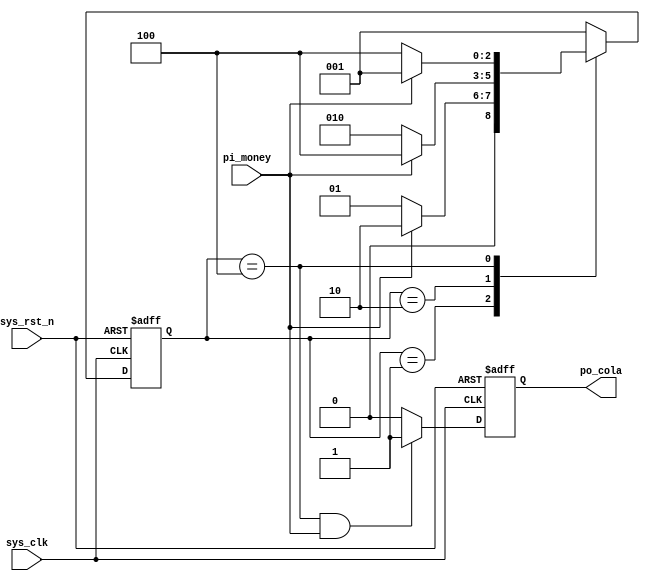
`timescale 1ns / 1ps
//////////////////////////////////////////////////////////////////////////////////
// Company: 
// Engineer: 
// 
// Design Name: 
// Module Name: fsm2
// Project Name: 
// Target Devices: 
// Tool Versions: 
// Description: 
// 
// Dependencies: 
// 
// Revision:
// Revision 0.01 - File Created
// Additional Comments:
// 
//////////////////////////////////////////////////////////////////////////////////


module fsm2
#(
	parameter IDLE=3'b001,
	parameter ONE =3'b010,
	parameter TWO =3'b100
)
(
	input  wire sys_clk   ,
	input  wire sys_rst_n ,
	input  wire pi_money  ,
	output reg  po_cola 
    );
	
	reg [2:0] state;
	
	always@(posedge sys_clk or negedge sys_rst_n) begin
		if(!sys_rst_n) begin
			state<=IDLE;
		end
		else case(state)
			IDLE: 
				if(pi_money==1'b1)
					state<=ONE;
				else
					state<=IDLE;
			ONE:
				if(pi_money==1'b1)
					state<=TWO;
				else
					state<=ONE;
			TWO:
				if(pi_money==1'b1)
					state<=IDLE;
				else
					state<=TWO;
			default: state<=IDLE;
		endcase
	end
	
	always@(posedge sys_clk or negedge sys_rst_n) begin
		if(!sys_rst_n) begin
			po_cola<=1'b0;
		end
		else if(state==TWO && pi_money==1'b1) begin
			po_cola<=1'b1;	
		end
		else begin
			po_cola<=1'b0;		
		end
	end
	
	

endmodule